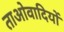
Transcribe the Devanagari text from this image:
ताओवादियों